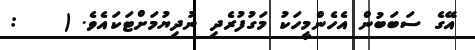
އޭގެ ސަބަބުން އެހެންމީހަކު މަގުފުރެދި ނުދިޔުމަށްޓަކައެވެ. (    :